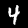
Label: 4